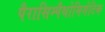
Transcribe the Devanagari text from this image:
पैरासिम्पैथोमिमेटिक